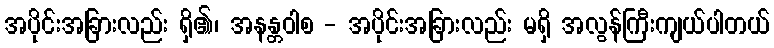
အပိုင်းအခြားလည်း ရှိ၏၊ အနန္တဝါစ - အပိုင်းအခြားလည်း မရှိ အလွန်ကြီးကျယ်ပါတယ်